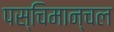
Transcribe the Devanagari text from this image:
पस्चिमान्चल